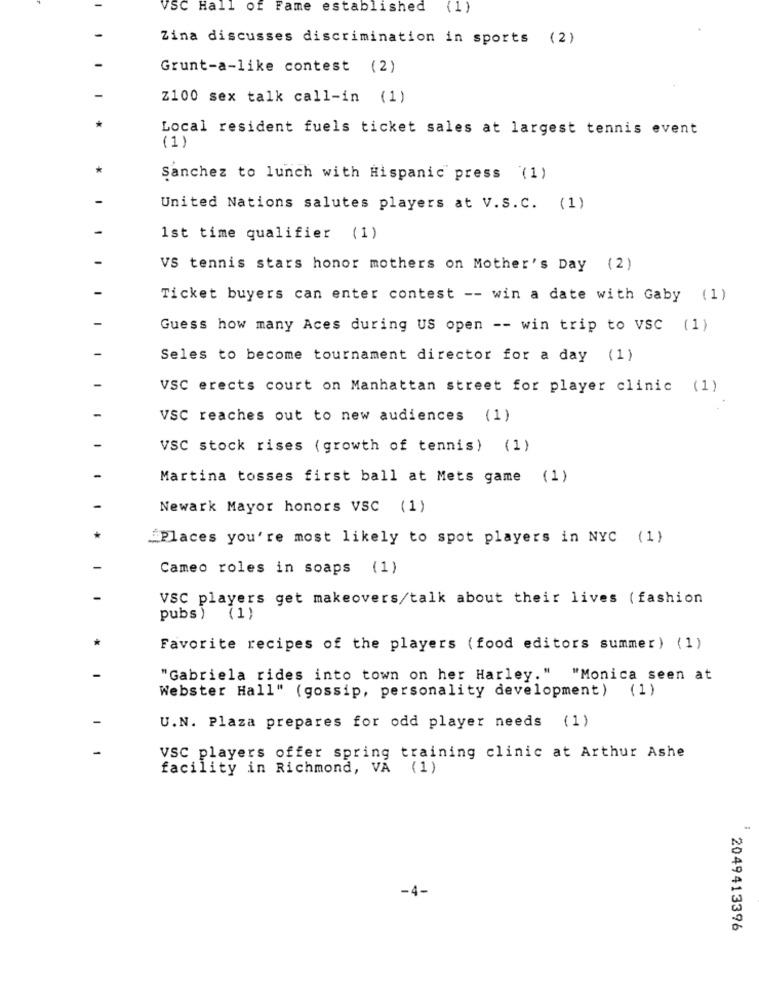
VSC Hall of Fame established
(1)
Zina discusses discrimination in sports (2)
Grunt-a-like contest (2)
Z100 sex talk call-in (1)
Local resident fuels ticket sales at largest tennis event
(1)
Sanchez to lunch with Hispanic press (1)
United Nations salutes players at V.S.C. (1)
1st time qualifier (1)
VS tennis stars honor mothers on Mother's Day (2)
Ticket buyers can enter contest -- win a date with Gaby (1)
Guess how many Aces during US open -- win trip to VSC (1)
Seles to become tournament director for a day (1)
VSC erects court on Manhattan street for player clinic (1)
VSC reaches out to new audiences (1)
VSC stock rises (growth of tennis) (1)
Martina tosses first ball at Mets game (1)
Newark Mayor honors VSC (1)
"Places you're most likely to spot players in NYC (1)
Cameo roles in soaps (1)
VSC players get makeovers/talk about their lives (fashion
pubs )
(1)
Favorite recipes of the players ( food editors summer) (1)
"Gabriela rides into town on her Harley." "Monica seen at
(1)
Webster Hall" (gossip, personality development)
U.N. Plaza prepares for odd player needs (1)
VSC players offer spring training clinic at Arthur Ashe
facility in Richmond, VA (1)
-4-
2049413396